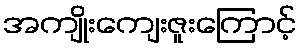
အကျိုးကျေးဇူးကြောင့်